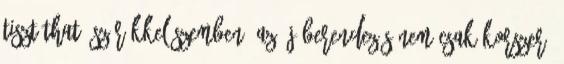
tisztítható szűrőkkel szemben. Az új berendezés nem csak korszerű